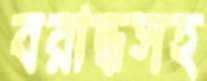
বরাদ্ধসহ